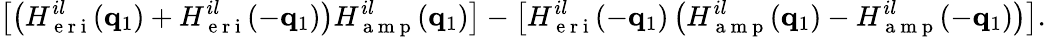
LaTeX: \left[\left(H_{\mathrm{~e~r~i~}}^{il}(\mathbf{q}_{1})+H_{\mathrm{~e~r~i~}}^{il}(-\mathbf{q}_{1})\right)H_{\mathrm{~a~m~p~}}^{il}(\mathbf{q}_{1})\right]-\left[H_{\mathrm{~e~r~i~}}^{il}(-\mathbf{q}_{1})\left(H_{\mathrm{~a~m~p~}}^{il}(\mathbf{q}_{1})-H_{\mathrm{~a~m~p~}}^{il}(-\mathbf{q}_{1})\right)\right].